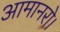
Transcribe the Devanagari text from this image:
आमानरो।